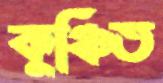
কুঞ্চিত